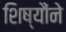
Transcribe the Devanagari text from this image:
शिष्यौंने